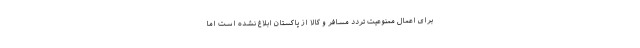
برای اعمال ممنوعیت تردد مسافر و کالا از پاکستان ابلاغ نشده است اما